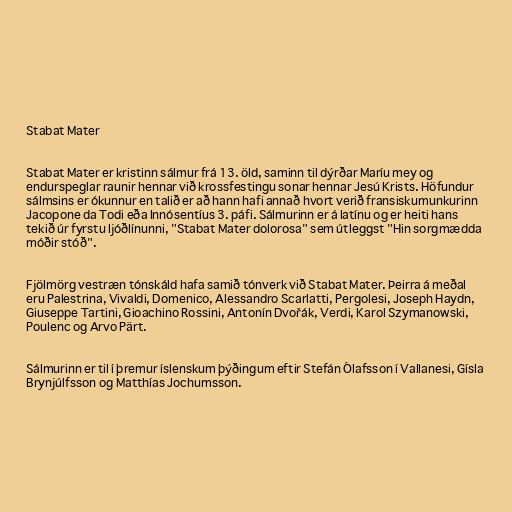
Stabat Mater

Stabat Mater er kristinn sálmur frá 13. öld, saminn til dýrðar Maríu mey og
endurspeglar raunir hennar við krossfestingu sonar hennar Jesú Krists. Höfundur
sálmsins er ókunnur en talið er að hann hafi annað hvort verið fransiskumunkurinn
Jacopone da Todi eða Innósentíus 3. páfi. Sálmurinn er á latínu og er heiti hans
tekið úr fyrstu ljóðlínunni, "Stabat Mater dolorosa" sem útleggst "Hin sorgmædda
móðir stóð".

Fjölmörg vestræn tónskáld hafa samið tónverk við Stabat Mater. Þeirra á meðal
eru Palestrina, Vivaldi, Domenico, Alessandro Scarlatti, Pergolesi, Joseph Haydn,
Giuseppe Tartini, Gioachino Rossini, Antonín Dvořák, Verdi, Karol Szymanowski,
Poulenc og Arvo Pärt.

Sálmurinn er til í þremur íslenskum þýðingum eftir Stefán Ólafsson í Vallanesi, Gísla
Brynjúlfsson og Matthías Jochumsson.